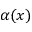
\alpha ( x )